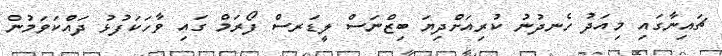
ޗައިނާގައި މިއަދު ހެނދުނު ކުރިއަށްދިޔަ ބިޒްނަސް ލީޑަރސް ފޯރަމް ގައި ވާހަކަފުޅު ދައްކަވަމުން